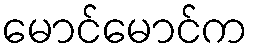
မောင်မောင်က